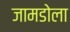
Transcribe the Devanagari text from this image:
जामडोला